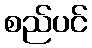
စည်ပင်